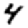
Digit: 4